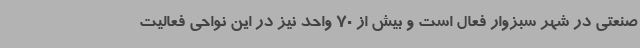
صنعتی در شهر سبزوار فعال است و بیش از 70 واحد نیز در این نواحی فعالیت